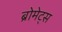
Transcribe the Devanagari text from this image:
ब्रोमेट्स